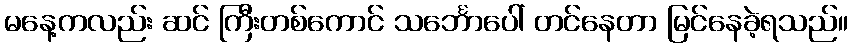
မနေ့ကလည်း ဆင် ကြီးတစ်ကောင် သင်္ဘောပေါ် တင်နေတာ မြင်နေခဲ့ရသည်။